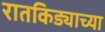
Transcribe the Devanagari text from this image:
रातकिड्याच्या